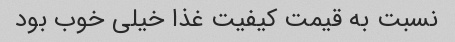
نسبت به قیمت کیفیت غذا خیلی خوب بود